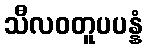
သီလဝတူပပန္နံ